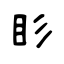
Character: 䀐